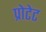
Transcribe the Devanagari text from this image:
प्रोटेट